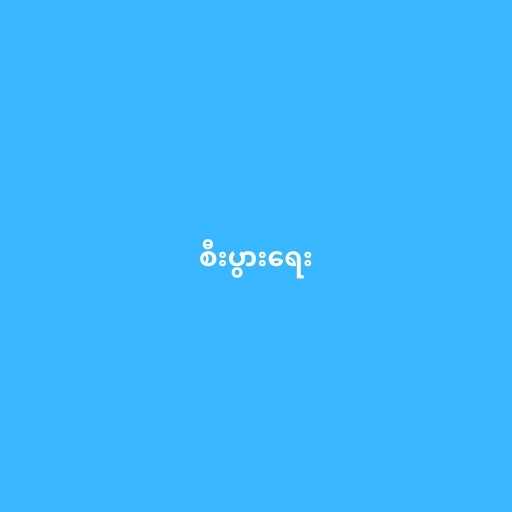
စီးပွားရေး